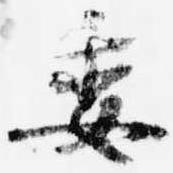
委